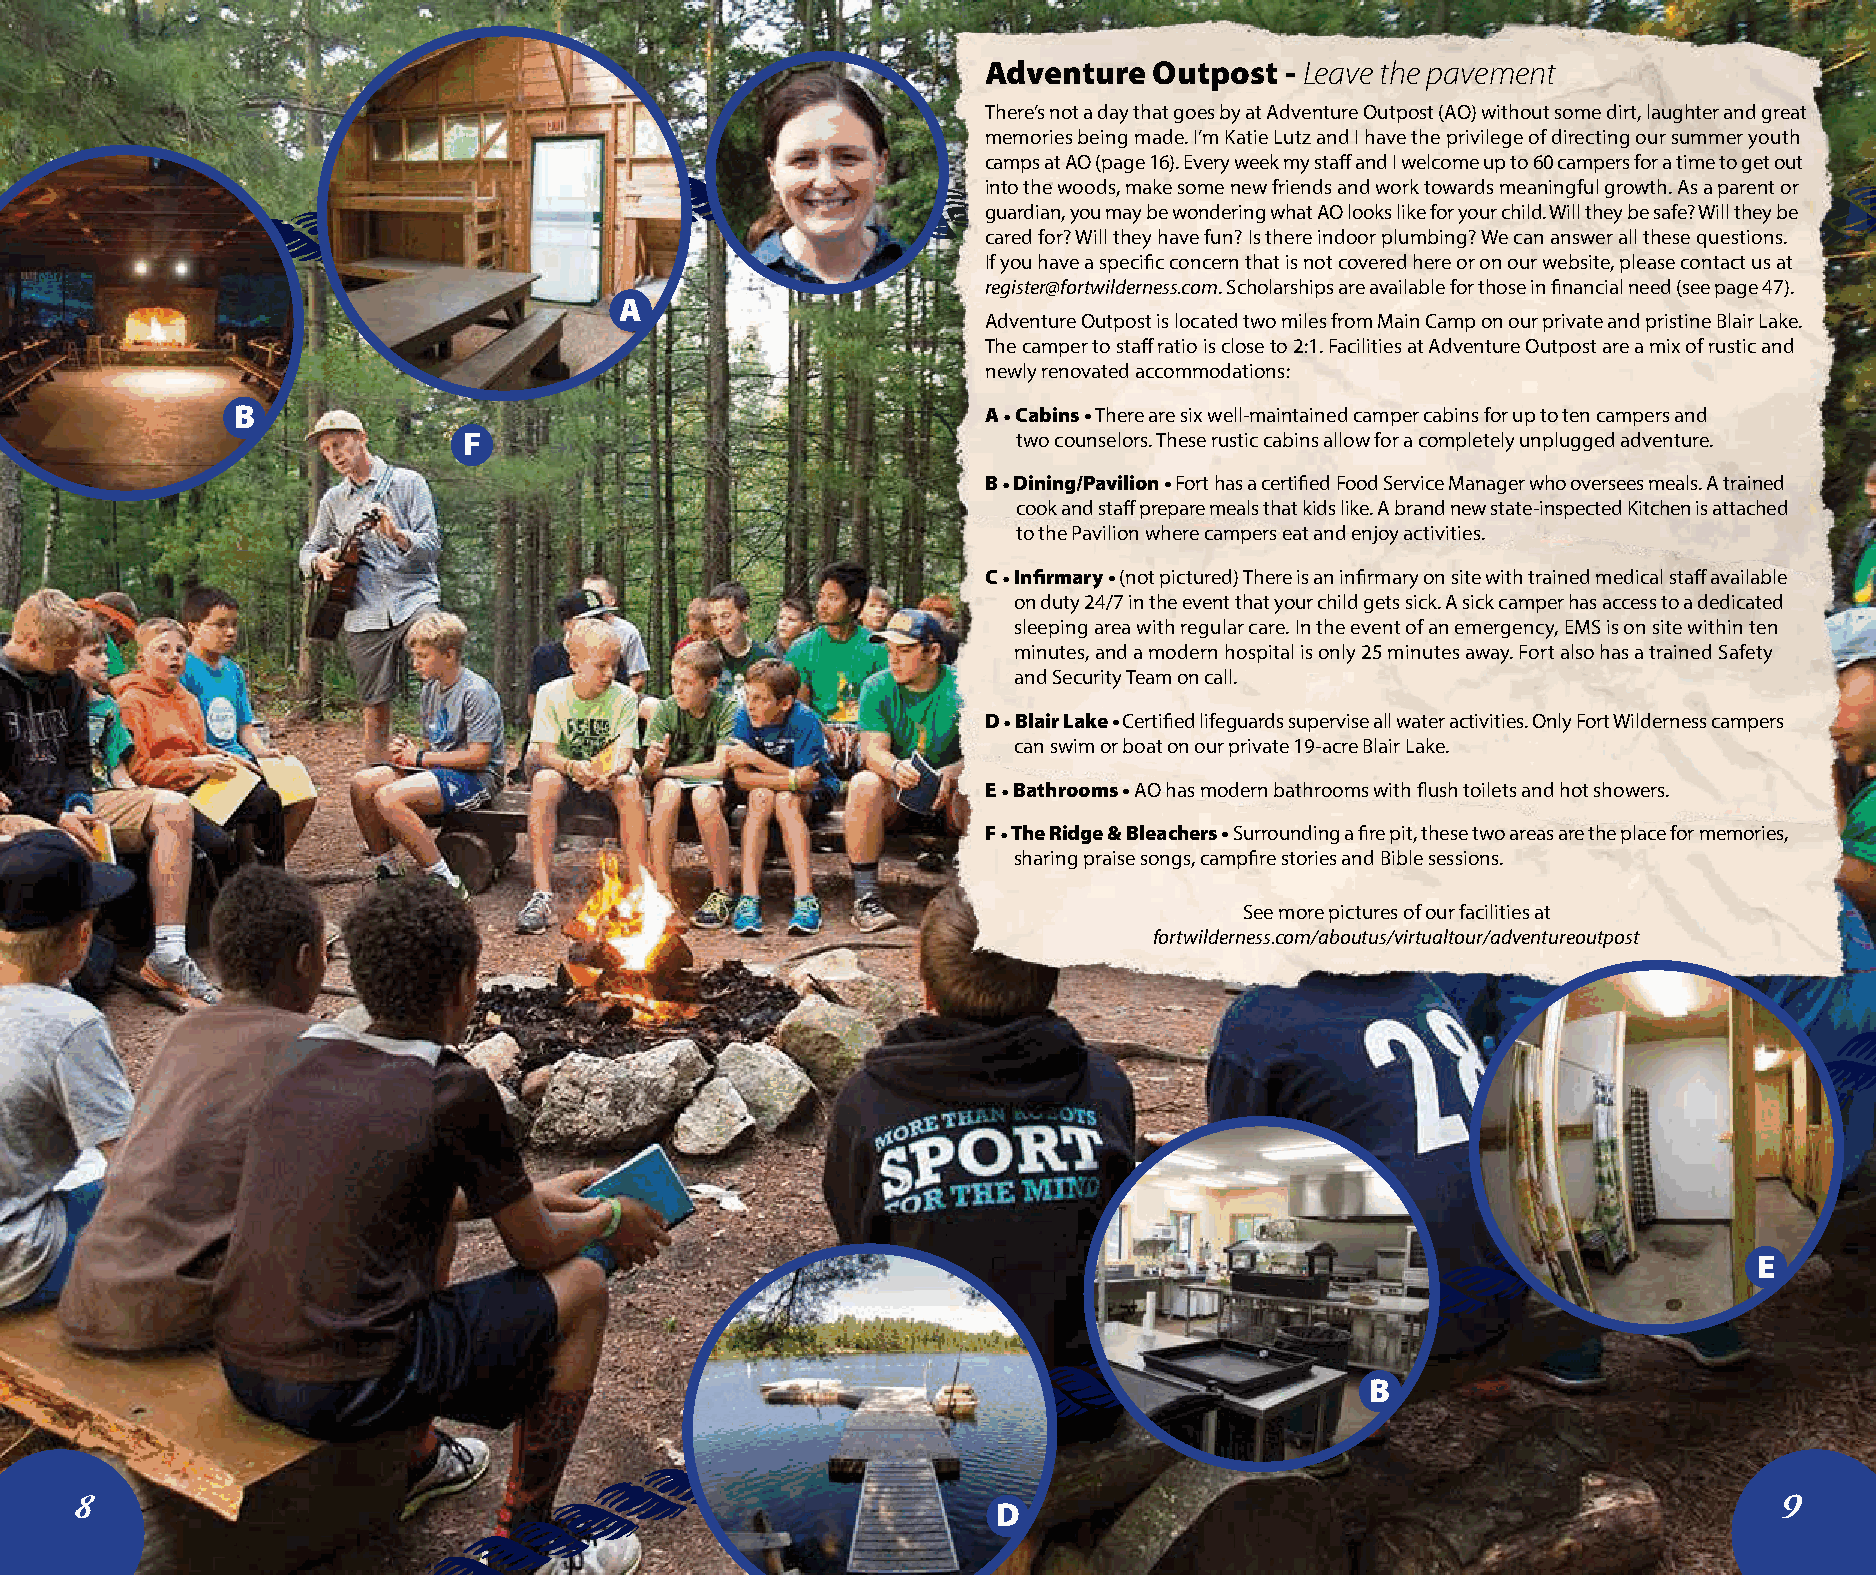
Adventure  Outpost  - Leave the pavement
 There’s not a day that goes by at Adventure Outpost (AO) without some dirt, laughter and great
 memories being made. I’m Katie Lutz and I have the privilege of directing our summer youth
 camps at AO (page 16). Every week my staff and I welcome up to 60 campers for a time to get out
 into the woods, make some new friends and work towards meaningful growth. As a parent or
 guardian, you may be wondering what AO looks like for your child. Will they be safe? Will they be
 cared for? Will they have fun? Is there indoor plumbing? We can answer all these questions.
 If you have a specific concern that is not covered here or on our website, please contact us at
 register@fortwilderness.com. Scholarships are available for those in financial need (see page 47).
 A
 Adventure Outpost is located two miles from Main Camp on our private and pristine Blair Lake.
 The camper to staff ratio is close to 2:1. Facilities at Adventure Outpost are a mix of rustic and
 newly renovated accommodations:
 B                                                 A • Cabins • There are six well-maintained camper cabins for up to ten campers and
 F                                   two counselors. These rustic cabins allow for a completely unplugged adventure.
 B • Dining/Pavilion • Fort has a certified Food Service Manager who oversees meals. A trained
 cook and staff prepare meals that kids like. A brand new state-inspected Kitchen is attached
 to the Pavilion where campers eat and enjoy activities.
 C • Infirmary • (not pictured) There is an infirmary on site with trained medical staff available
 on duty 24/7 in the event that your child gets sick. A sick camper has access to a dedicated
 sleeping area with regular care. In the event of an emergency, EMS is on site within ten
 minutes, and a modern hospital is only 25 minutes away. Fort also has a trained Safety
 and Security Team on call.
 D • Blair Lake • Certified lifeguards supervise all water activities. Only Fort Wilderness campers
 can swim or boat on our private 19-acre Blair Lake.
 E • Bathrooms • AO has modern bathrooms with flush toilets and hot showers.
 F • The Ridge & Bleachers • Surrounding a fire pit, these two areas are the place for memories,
 sharing praise songs, campfire stories and Bible sessions.
 See more pictures of our facilities at
 fortwilderness.com/aboutus/virtualtour/adventureoutpost
 E
 B
 8                                                            D                                                   9